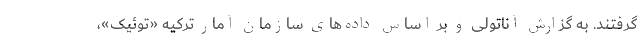
گرفتند. به گزارش آناتولی و بر اساس داده‌های سازمان آمار ترکیه «توئیک»،